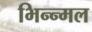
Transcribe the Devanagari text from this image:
भिन्न्मल